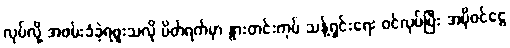
လုပ်လို့ အဖမ်းခံခဲ့ရဖူးသလို ပိတ်ရက်မှာ နွားတင်းကုပ် သန့်ရှင်းရေး ဝင်လုပ်ပြီး အပိုဝင်ငွေ